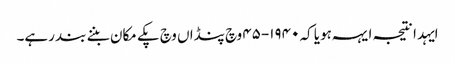
ایہدا نتیجہ ایہہ ہویا کہ ١٩٤٠-٤٥ وچ پنڈاں وچ پکے مکان بننے بند رہے۔